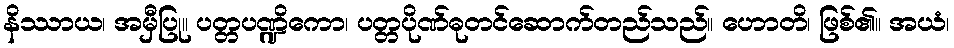
နိဿာယ၊ အမှီပြု။ ပတ္တပဏ္ဍိကော၊ ပတ္တပိုဏ်ဓုတင်ဆောက်တည်သည်။ ဟောတိ၊ ဖြစ်၏။ အယံ၊